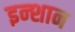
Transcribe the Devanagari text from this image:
इन्शान